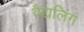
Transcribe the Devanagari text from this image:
वैद्यलिंग